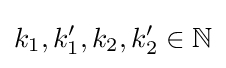
k_{1},k_{1}',k_{2},k_{2}'\in \mathbb {N}